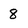
Character: 8